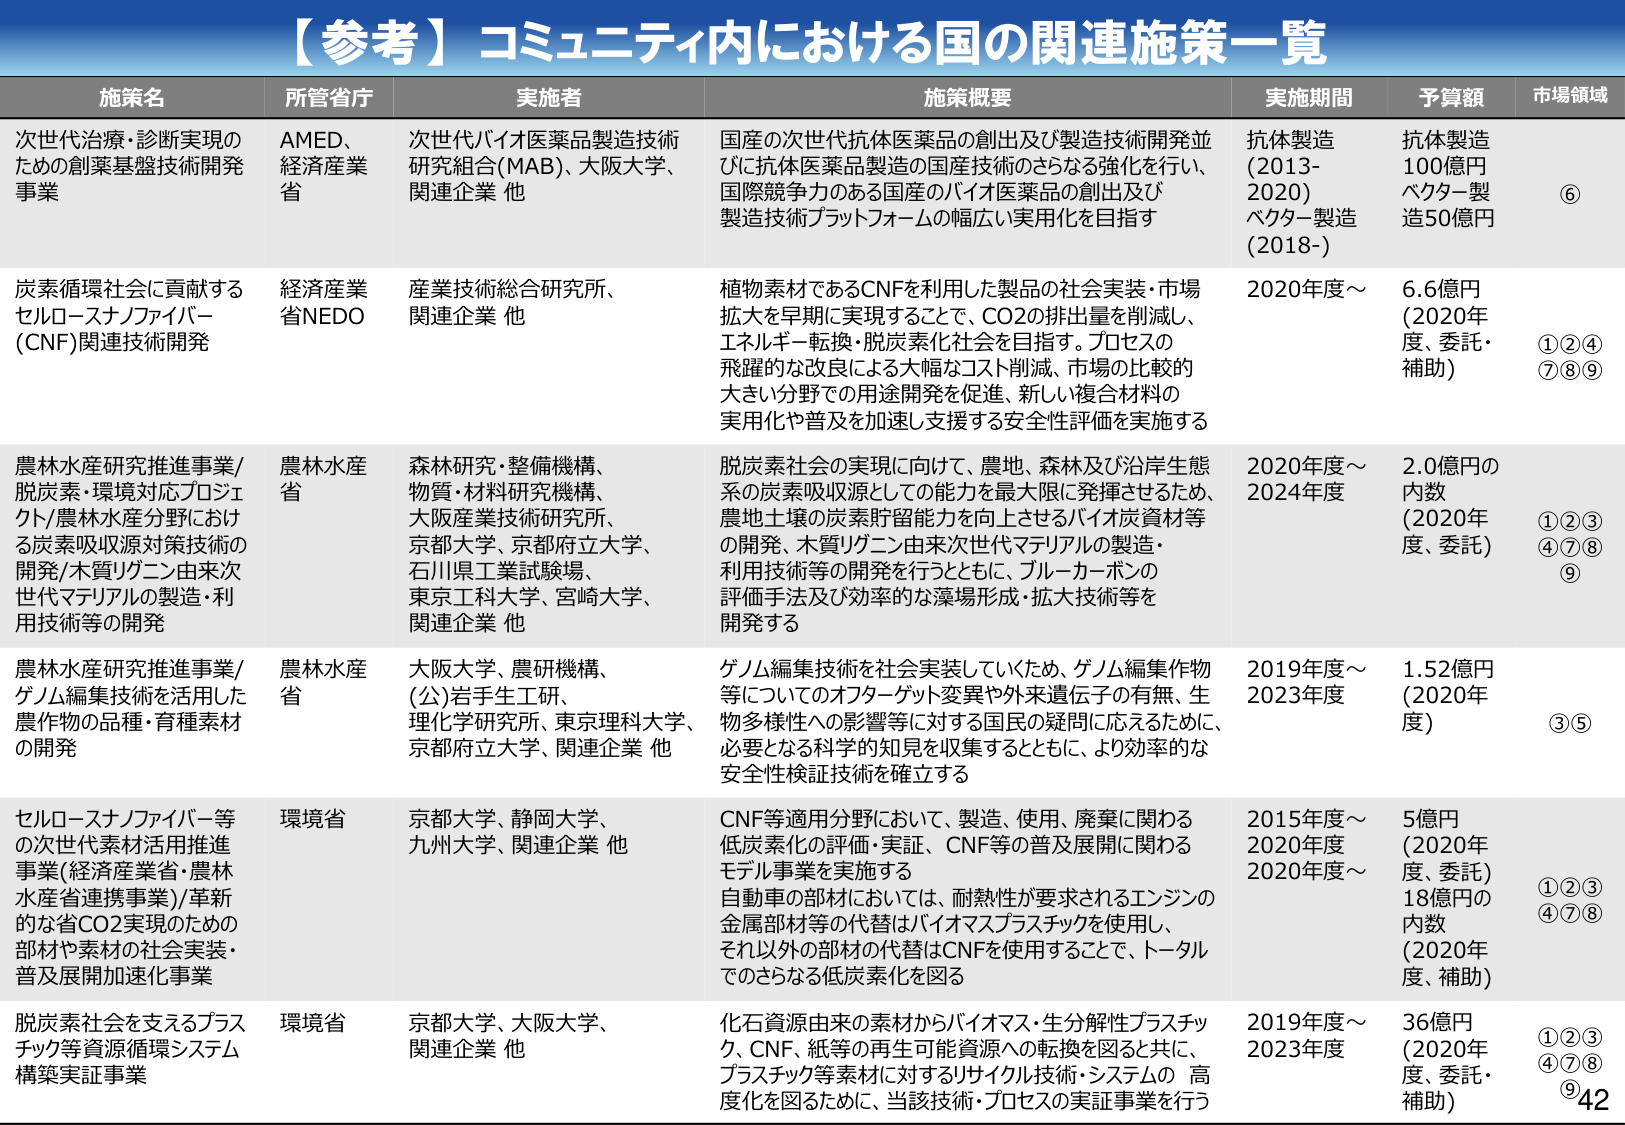
【参考】コミュニティ内における国の関連施策一覧

施策名　　　　　　　　　　　　　　　　　所管省庁　　　　　　　　　実施者